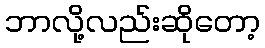
ဘာလို့လည်းဆိုတော့